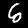
Label: 6